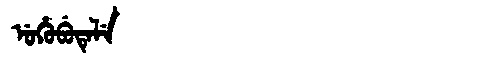
Manchu: ᡠᡥᡠᠪᡠᡨᡝᠯᡝ
Romanization: UHUBUTELE